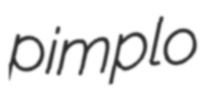
pimplo